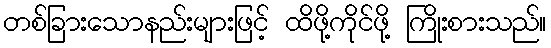
တစ်ခြားသောနည်းများဖြင့် ထိဖို့ကိုင်ဖို့ ကြိုးစားသည်။